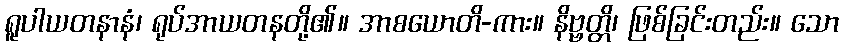
ရူပါယတနာနံ၊ ရုပ်အာယတနတို့၏။ အာစယောတိ-ကား။ နိဗ္ဗတ္တိ၊ ဖြစ်ခြင်းတည်း။ သော